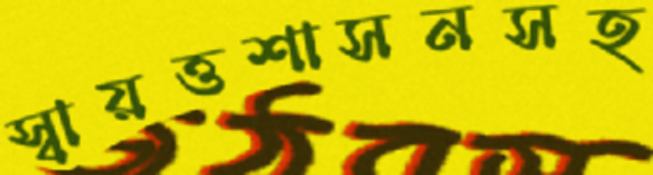
স্বায়ত্তশাসনসহ